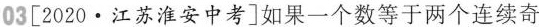
03 [2020·江苏淮安中考]如果一个数等于两个连续奇